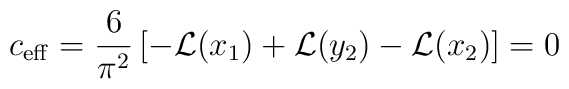
c_{\rm eff}= {6\over{\pi^2}}\left[-{\cal L}(x_1)+{\cal L}(y_2)-{\cal L}(x_2)\right]=0